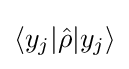
\langle y_{j}|{\hat {\rho }}|y_{j}\rangle